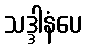
သဒ္ဒါနံပေ